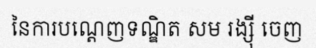
នៃការបណ្តេញទណ្ឌិត សម រង្ស៊ី ចេញ